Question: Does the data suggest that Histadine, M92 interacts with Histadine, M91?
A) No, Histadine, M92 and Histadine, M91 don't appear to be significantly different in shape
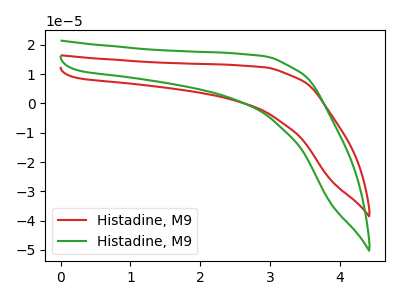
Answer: <think>The red curve "Histadine, M91" has no peaks. The green curve "Histadine, M92" has no peaks.
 Neither "Histadine, M92" or "Histadine, M91" have any peaks.</think>
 <answer>A) No, "Histadine, M92" and "Histadine, M91" don't appear to be significantly different in shape</answer>
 <eval>A</eval>